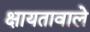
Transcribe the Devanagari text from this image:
क्षायतावाले